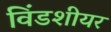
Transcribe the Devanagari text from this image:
विंडशीयर